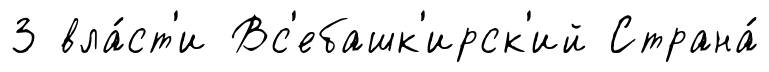
З вла́ст'и Вс'ебашк'ирск'ий Страна́